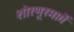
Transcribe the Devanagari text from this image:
शोरणूरमार्गे